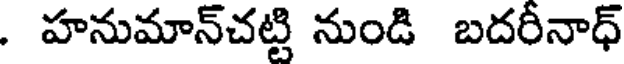
. హనుమాన్చట్టి నుండి బదరీనాధ్